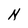
Character: N